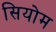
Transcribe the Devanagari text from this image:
सियोम